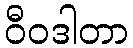
ဝီဝဒါတာ